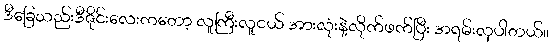
ဒီခြေသည်းဒီဇိုင်းလေးကတော့ လူကြီးလူငယ် အားလုံးနဲ့လိုက်ဖက်ပြီး အရမ်းလှပါတယ်။